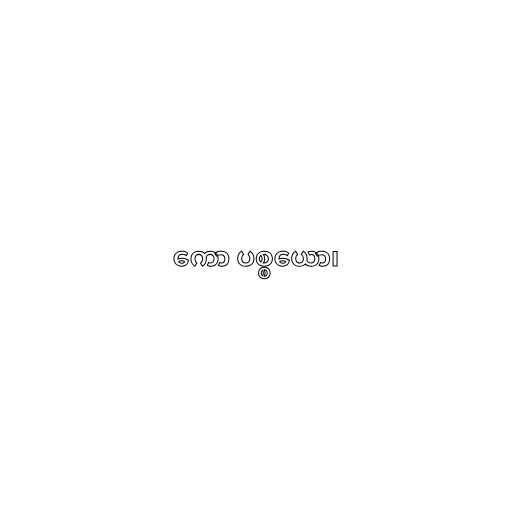
ကော ပစ္စယော၊